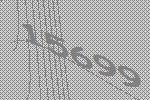
15699